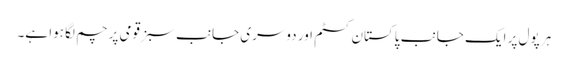
ہر پول پر ایک جانب پاکستان کسٹم اور دوسری جانب سبز قومی پرچم لگا ہوا ہے۔